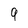
Character: 9